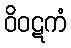
ဝိဝဋကံ